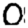
Digit: 0